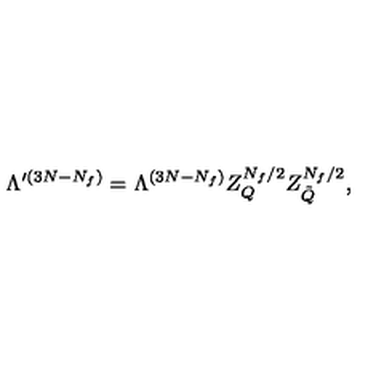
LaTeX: \Lambda ^ { \prime ( 3 N - N _ { f } ) } = \Lambda ^ { ( 3 N - N _ { f } ) } Z _ { Q } ^ { N _ { f } / 2 } Z _ { \tilde { Q } } ^ { N _ { f } / 2 } ,